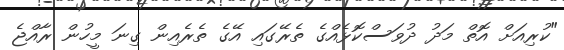
"ކުރިއަށް އޮތް މަދު ދުވަސްކޮޅެއްގެ ތެރޭގައި އޭގެ ތެރެއިން ގިނަ މީހުން ރާއްޖެ